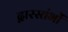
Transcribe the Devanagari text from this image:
द्वारस्तंभों